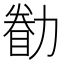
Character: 𠢚